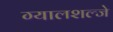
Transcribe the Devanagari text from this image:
ग्यालशल्जे